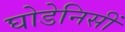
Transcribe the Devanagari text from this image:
घोडेनिसीं